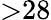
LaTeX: {>}28